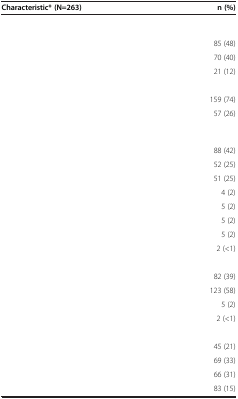
<table><thead><tr><td><b>Characteristic* (N=263)</b></td><td><b>n (%)</b></td></tr></thead><tbody><tr><td colspan="2">[EMPTY_CELL]</td></tr><tr><td>[EMPTY_CELL]</td><td>85 (48)</td></tr><tr><td>[EMPTY_CELL]</td><td>70 (40)</td></tr><tr><td>[EMPTY_CELL]</td><td>21 (12)</td></tr><tr><td colspan="2">[EMPTY_CELL]</td></tr><tr><td>[EMPTY_CELL]</td><td>159 (74)</td></tr><tr><td>[EMPTY_CELL]</td><td>57 (26)</td></tr><tr><td colspan="2">[EMPTY_CELL]</td></tr><tr><td>[EMPTY_CELL]</td><td>88 (42)</td></tr><tr><td>[EMPTY_CELL]</td><td>52 (25)</td></tr><tr><td>[EMPTY_CELL]</td><td>51 (25)</td></tr><tr><td>[EMPTY_CELL]</td><td>4 (2)</td></tr><tr><td>[EMPTY_CELL]</td><td>5 (2)</td></tr><tr><td>[EMPTY_CELL]</td><td>5 (2)</td></tr><tr><td>[EMPTY_CELL]</td><td>5 (2)</td></tr><tr><td>[EMPTY_CELL]</td><td>2 (&lt;1)</td></tr><tr><td colspan="2">[EMPTY_CELL]</td></tr><tr><td>[EMPTY_CELL]</td><td>82 (39)</td></tr><tr><td>[EMPTY_CELL]</td><td>123 (58)</td></tr><tr><td>[EMPTY_CELL]</td><td>5 (2)</td></tr><tr><td>[EMPTY_CELL]</td><td>2 (&lt;1)</td></tr><tr><td colspan="2">[EMPTY_CELL]</td></tr><tr><td>[EMPTY_CELL]</td><td>45 (21)</td></tr><tr><td>[EMPTY_CELL]</td><td>69 (33)</td></tr><tr><td>[EMPTY_CELL]</td><td>66 (31)</td></tr><tr><td>[EMPTY_CELL]</td><td>83 (15)</td></tr></tbody></table>